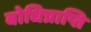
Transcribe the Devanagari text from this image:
बोधिप्राप्ति